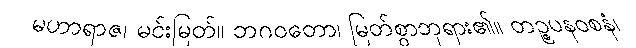
မဟာရာဇ၊ မင်းမြတ်။ ဘဂဝတော၊ မြတ်စွာဘုရား၏။ တဉ္စပနဝစနံ၊